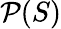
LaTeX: {\mathcal{P}}(S)